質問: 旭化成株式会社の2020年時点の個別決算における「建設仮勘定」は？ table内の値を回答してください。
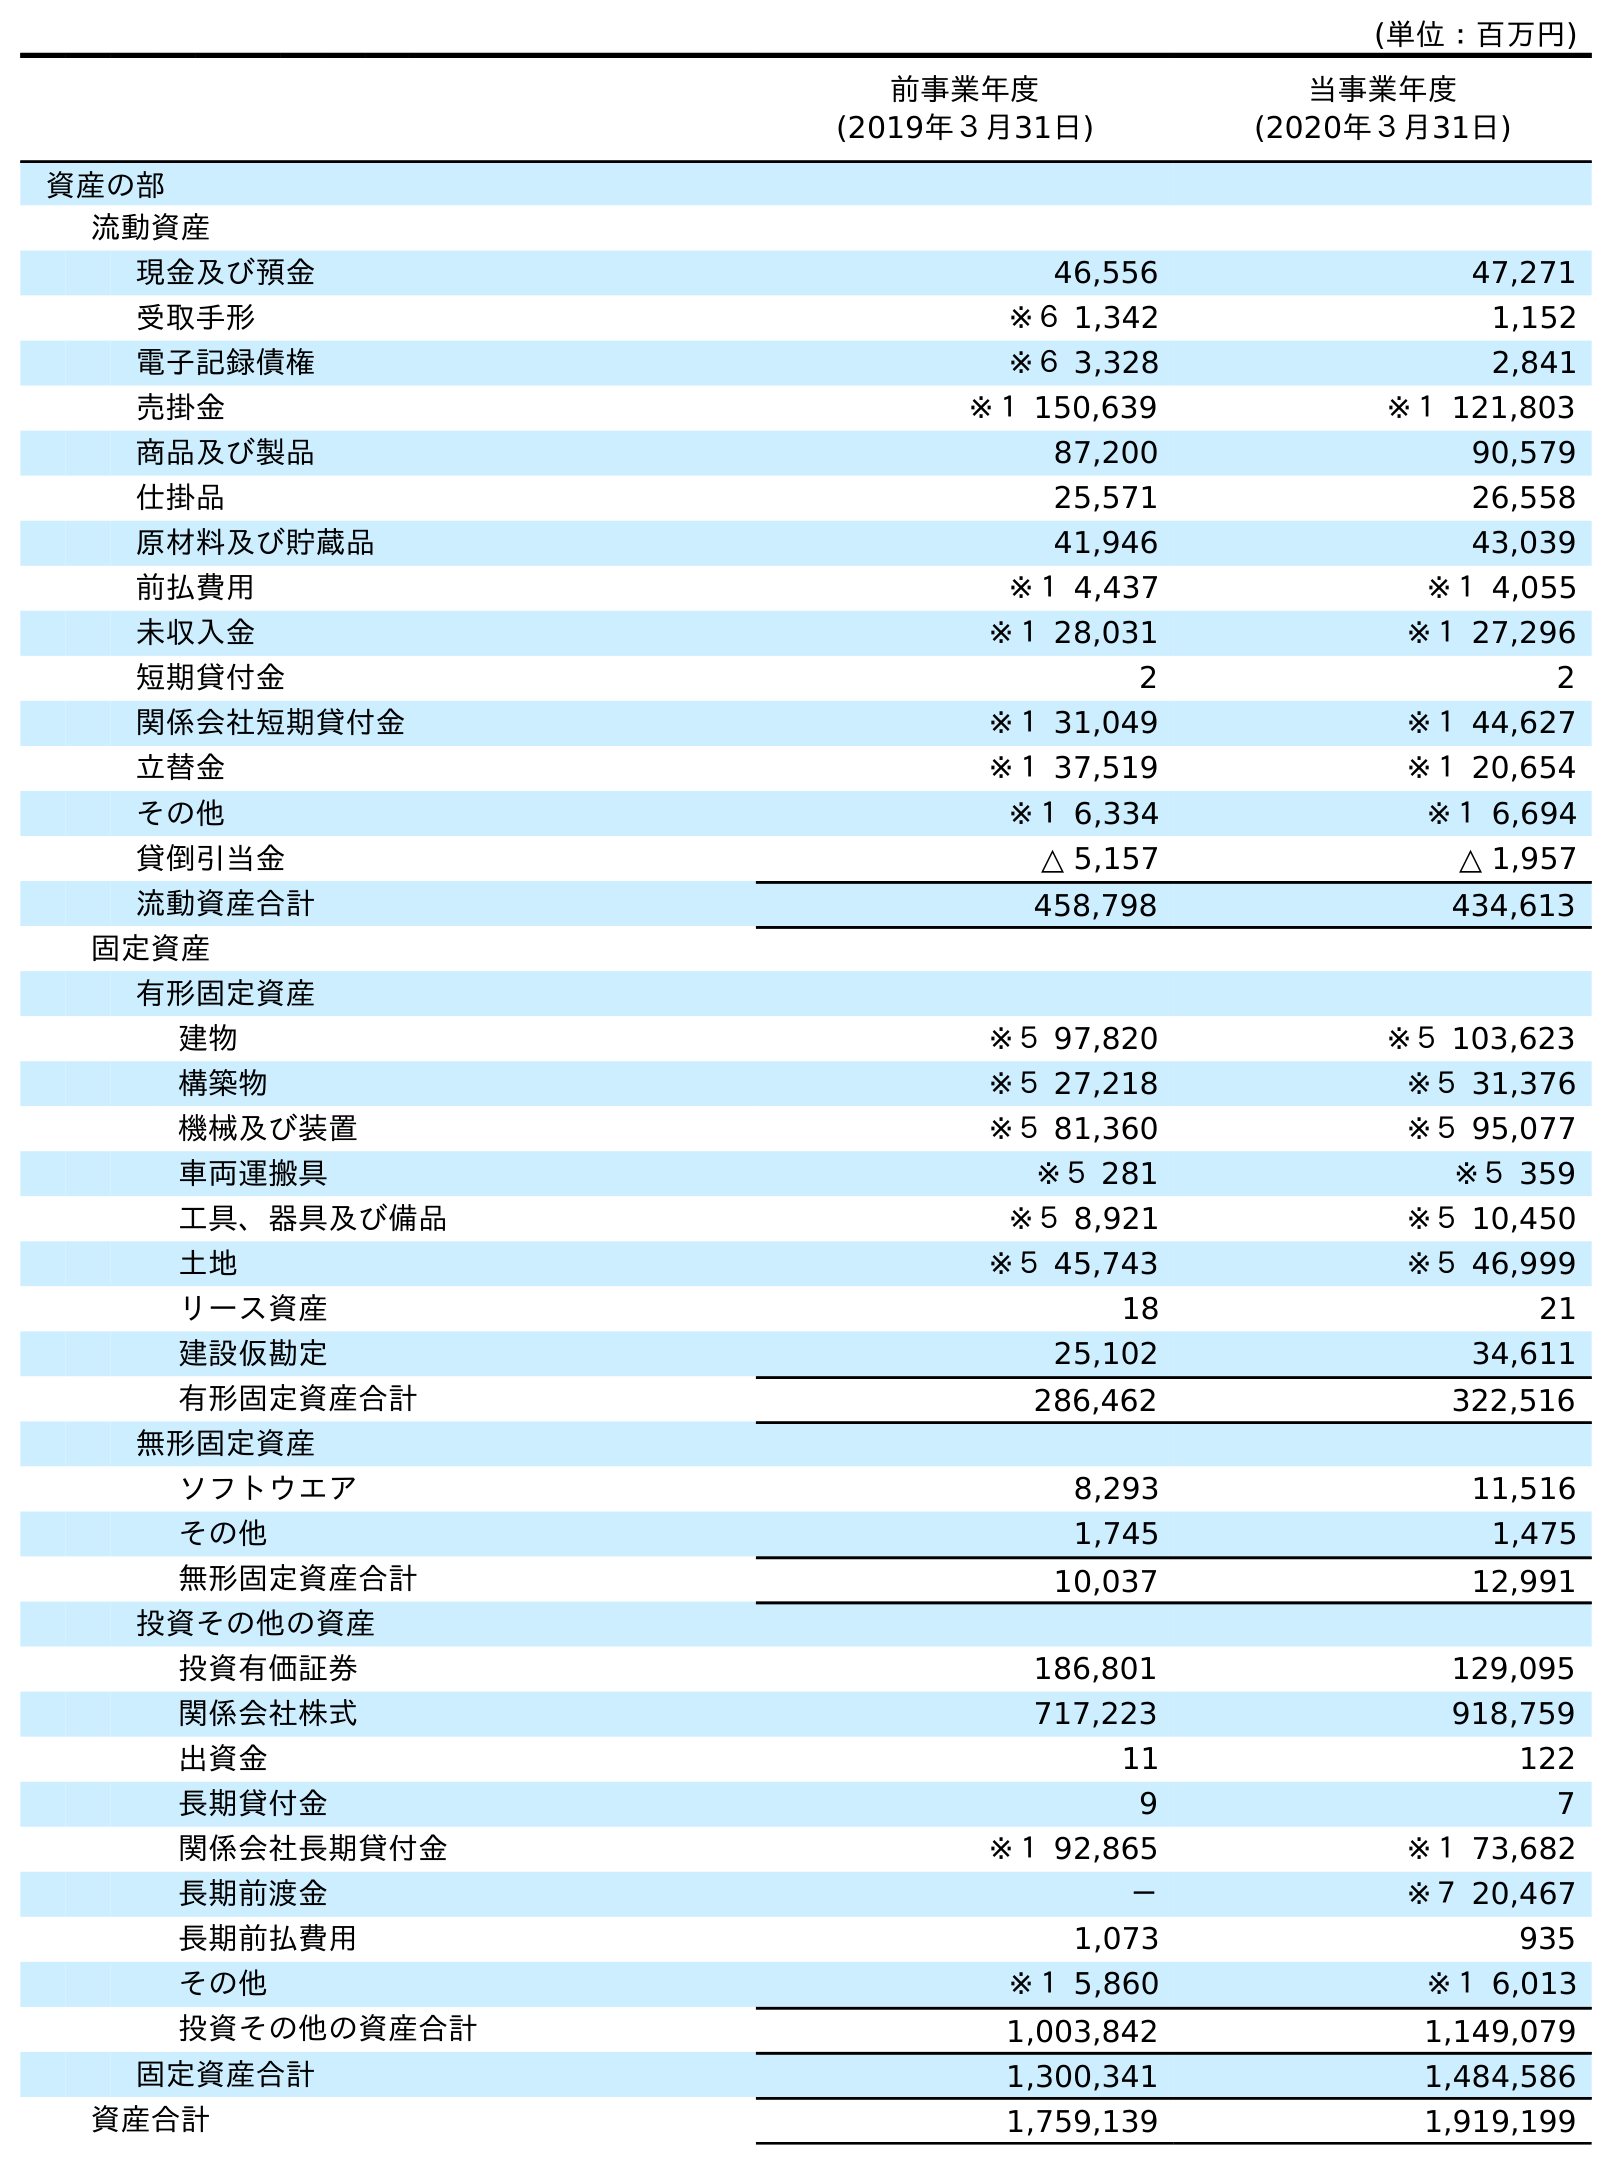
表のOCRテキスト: (単位：百万円) 前事業年度 (2019年３月31日) 当事業年度 (2020年３月31日) 資産の部 流動資産 現金及び預金 46,556 47,271 受取手形 ※６ 1,342 1,152 電子記録債権 ※６ 3,328 2,841 売掛金 ※１ 150,639 ※１ 121,803 商品及び製品 87,200 90,579 仕掛品 25,571 26,558 原材料及び貯蔵品 41,946 43,039 前払費用 ※１ 4,437 ※１ 4,055 未収入金 ※１ 28,031 ※１ 27,296 短期貸付金 2 2 関係会社短期貸付金 ※１ 31,049 ※１ 44,627 立替金 ※１ 37,519 ※１ 20,654 その他 ※１ 6,334 ※１ 6,694 貸倒引当金 △ 5,157 △ 1,957 流動資産合計 458,798 434,613 固定資産 有形固定資産 建物 ※５ 97,820 ※５ 103,623 構築物 ※５ 27,218 ※５ 31,376 機械及び装置 ※５ 81,360 ※５ 95,077 車両運搬具 ※５ 281 ※５ 359 工具、器具及び備品 ※５ 8,921 ※５ 10,450 土地 ※５ 45,743 ※５ 46,999 リース資産 18 21 建設仮勘定 25,102 34,611 有形固定資産合計 286,462 322,516 無形固定資産 ソフトウエア 8,293 11,516 その他 1,745 1,475 無形固定資産合計 10,037 12,991 投資その他の資産 投資有価証券 186,801 129,095 関係会社株式 717,223 918,759 出資金 11 122 長期貸付金 9 7 関係会社長期貸付金 ※１ 92,865 ※１ 73,682 長期前渡金 － ※７ 20,467 長期前払費用 1,073 935 その他 ※１ 5,860 ※１ 6,013 投資その他の資産合計 1,003,842 1,149,079 固定資産合計 1,300,341 1,484,586 資産合計 1,759,139 1,919,199
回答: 34,611